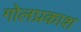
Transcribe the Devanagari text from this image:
गोलप्रकाश